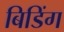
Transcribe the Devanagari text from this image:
बिडिंग